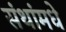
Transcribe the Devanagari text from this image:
संथांमधे